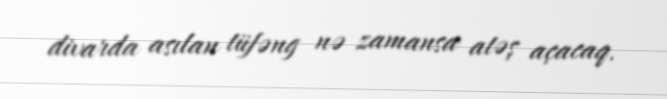
divarda asılan tüfəng nə zamansa atəş açacaq.